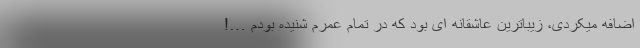
اضافه میکردى، زیباترین عاشقانه اى بود که در تمام عمرم شنیده بودم …!